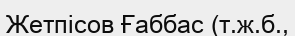
Жетпісов Ғаббас (т.ж.б.,